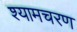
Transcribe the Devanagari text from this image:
श्यामचरण